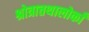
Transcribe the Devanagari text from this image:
श्रोत्रात्तथालोकाँ